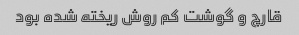
قارچ و گوشت کم روش ریخته شده بود